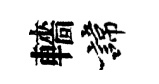
轖諱